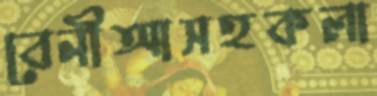
বেনীআসহকলা